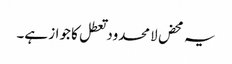
یہ محض لامحدود تعطل کا جواز ہے۔